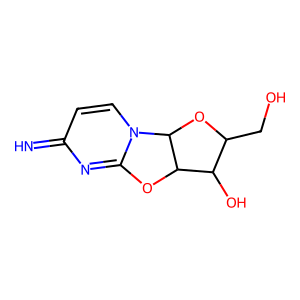
SMILES: N=c1ccn2c(n1)OC1C(O)C(CO)OC12
Inhibits HIV replication: Yes